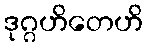
ဒုဂ္ဂဟိတေဟိ